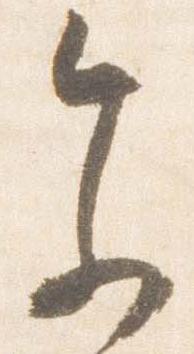
参